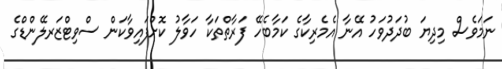
ނަމަވެސް މިދިޔަ ބުދަދުވަހު އޭނާ އެމެރިކާގެ ކަމާބެހޭ ފަރާތްތަކާ ހަވާލު ކޮށްފައިވާކަން ސްވިޓްޒަރލޭންޑްގެ